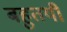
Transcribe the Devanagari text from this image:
बहुतयी